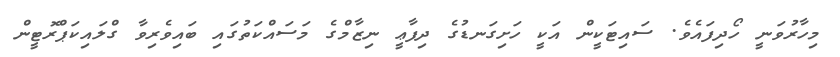
މިހާރުވަނީ ހޯދިފައެވެ. ސައިޓަކީން އަކީ ހަށިގަނޑުގެ ދިފާޢީ ނިޒާމްގެ މަސައްކަތުގައި ބައިވެރިވާ ގްލައިކަޕްރޮޓީން